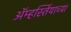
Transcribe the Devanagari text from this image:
ॲम्हर्स्तियाच्या